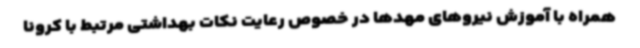
همراه با آموزش نیروهای مهدها در خصوص رعایت نکات بهداشتی مرتبط با کرونا